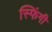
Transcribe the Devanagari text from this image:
स्फिंगी